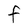
Character: F